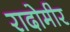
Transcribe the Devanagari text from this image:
रादोमीर